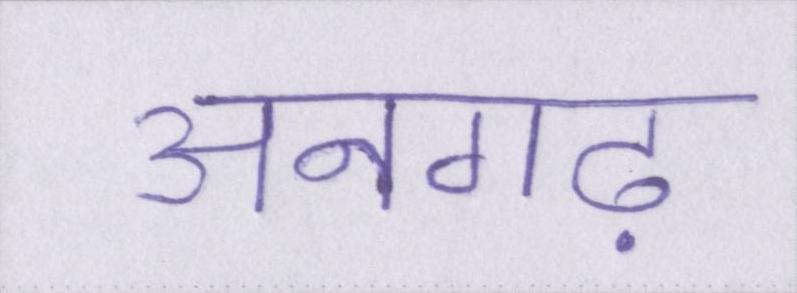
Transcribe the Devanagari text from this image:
अनगढ़